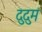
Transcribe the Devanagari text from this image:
दुदुम